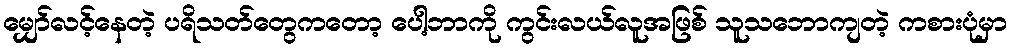
မျှော်လင့်နေတဲ့ ပရိသတ်တွေကတော့ ပေါ့ဘာကို ကွင်းလယ်လူအဖြစ် သူသဘောကျတဲ့ ကစားပုံမှာ